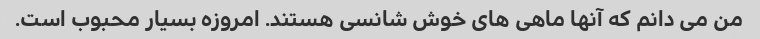
من می دانم که آنها ماهی های خوش شانسی هستند. امروزه بسیار محبوب است.